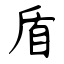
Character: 盾